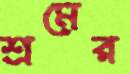
শ্রমের